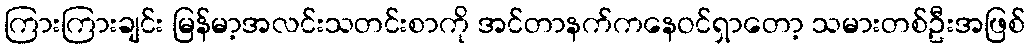
ကြားကြားချင်း မြန်မာ့အလင်းသတင်းစာကို အင်တာနက်ကနေဝင်ရှာတော့ သမားတစ်ဦးအဖြစ်